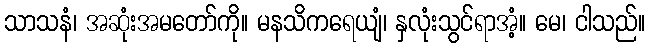
သာသနံ၊ အဆုံးအမတော်ကို။ မနသိကရေယျံ၊ နှလုံးသွင်ရာအံ့။ မေ၊ ငါသည်။